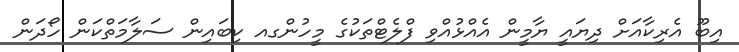
އިބޫ އެެރިކާއަށް ދިޔައީ ޔާމީން އެއްޅުއްވި ފްލެޓްތަކުގެ މީހުންގއ ކިބައިން ސަލާމަތްކަން ހޯދަން